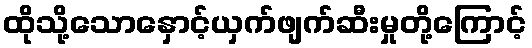
ထိုသို့သောနှောင့်ယှက်ဖျက်ဆီးမှုတို့ကြောင့်